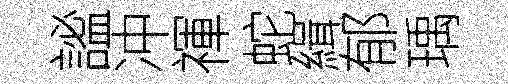
謐冲禈蛇緝郁瑀